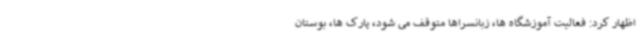
اظهار کرد: فعالیت آموزشگاه ها، زبانسراها متوقف می شود، پارک ها، بوستان